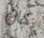
كان